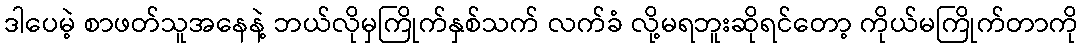
ဒါပေမဲ့ စာဖတ်သူအနေနဲ့ ဘယ်လိုမှကြိုက်နှစ်သက် လက်ခံ လို့မရဘူးဆိုရင်တော့ ကိုယ်မကြိုက်တာကို